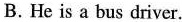
B.He is a bus driver.